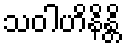
သဝါဟိနိန္တိ